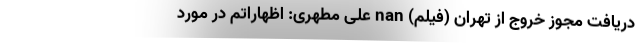
دریافت مجوز خروج از تهران (فیلم) nan علی مطهری: اظهاراتم در مورد